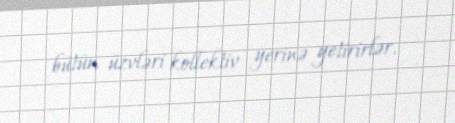
bütün üzvləri kollektiv yerinə yetirirlər.